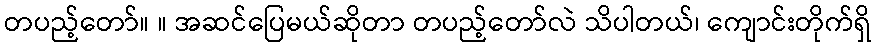
တပည့်တော်။ ။ အဆင်ပြေမယ်ဆိုတာ တပည့်တော်လဲ သိပါတယ်၊ ကျောင်းတိုက်ရှိ